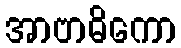
အာဗာဓိကော